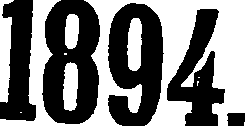
1894.